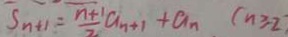
S _ { n + 1 } = \frac { n + 1 } { 2 } a _ { n + 1 } + a _ { n } ( n \geq 2 )